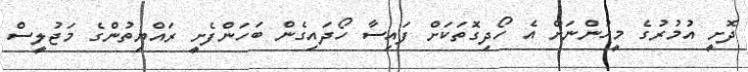
ދޮށީ އުމުރުގެ މީހުންނަށް އެ ހޯދިގޮތަކަށް ފައިސާ ހޯދައިގެން ބަހަންފެށީ ރައްޔިތުންގެ މަޖުލީސް